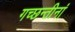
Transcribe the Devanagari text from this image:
गच्छन्तीनां